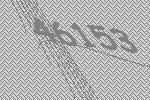
46153